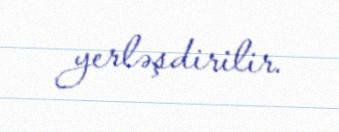
yerləşdirilir.